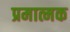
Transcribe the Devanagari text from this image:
प्रमात्मक